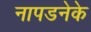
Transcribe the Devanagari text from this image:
नापडनेके